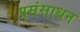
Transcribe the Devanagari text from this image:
प्रसंसाधन